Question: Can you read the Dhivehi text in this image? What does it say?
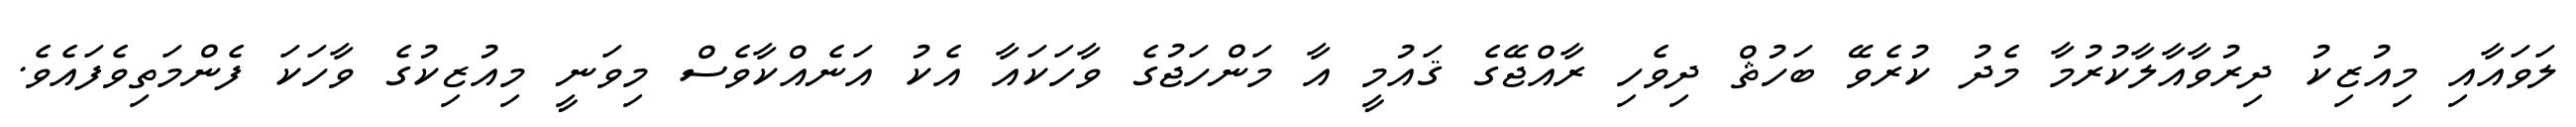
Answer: ލަވައާއި މިއުޒިކު ދިރުވާއާލާކުރުމާ މެދު ކުރެވޭ ބަހުޘް ދިވެހި ރާއްޖޭގެ ޤައުމީ އާ މަންހަޖުގެ ވާހަކައާ އެކު އަނެއްކާވެސް މިވަނީ މިއުޒިކުގެ ވާހަކަ ފެންމަތިވެފައެވެ.